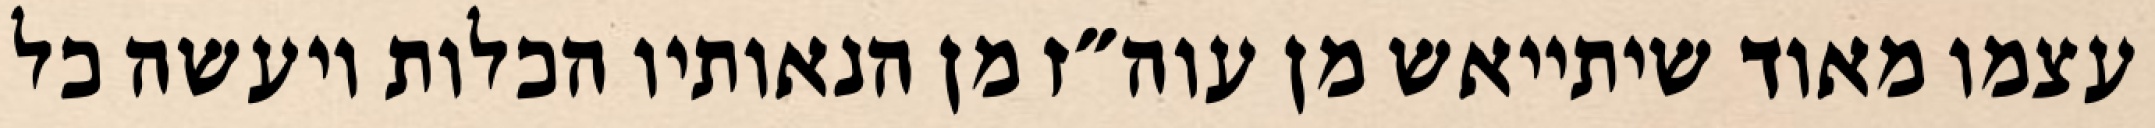
עצמו מאוד שיתייאש מן עוה״ז מן הנאותיו הכלות ויעשה כל